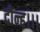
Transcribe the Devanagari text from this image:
दीन्‍ह।।।